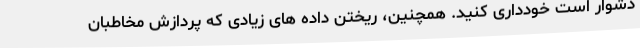
دشوار است خودداری کنید. همچنین، ریختن داده های زیادی که پردازش مخاطبان